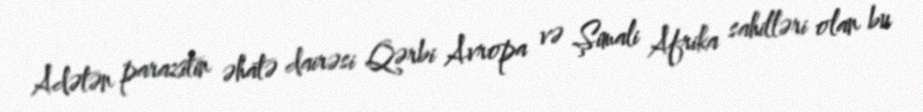
Adətən parazitin əhatə dairəsi Qərbi Avropa və Şimali Afrika sahilləri olan bu